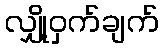
လျှို့ဝှက်ချက်